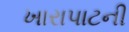
ખારાપાટની